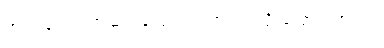
အကုန်လုံး အဆင်ပြေကြပါတယ် လို့ ပြောပါတယ်။